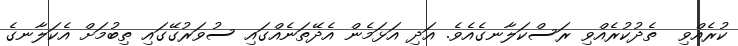
ކުރެއްވި  ތެދުކުރެއްވި ރަސްކަލާނގެއެވެ. އަދި އަޅަމެން އެދޭތަނެއްގައި ސުވަރުގޭގައި ތިބުމަށް އެކަލާނގެ